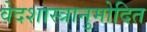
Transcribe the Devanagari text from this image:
वेदशास्त्रानुमोदित